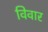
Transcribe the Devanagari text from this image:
विवार